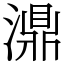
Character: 濎